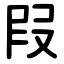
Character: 叚